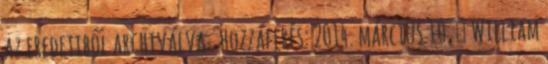
az eredetiből archiválva . Hozzáférés: 2014. március 10. ↑ William